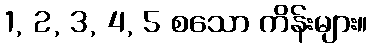
1, 2, 3, 4, 5 စသော ကိန်းများ။